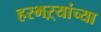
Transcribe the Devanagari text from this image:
हरभऱ्यांच्या